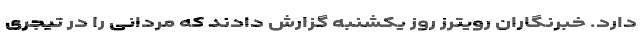
دارد. خبرنگاران رویترز روز یکشنبه گزارش دادند که مردانی را در تیجری